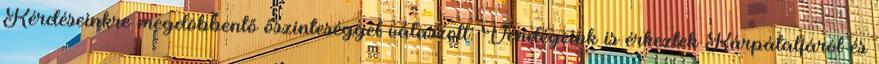
Kérdéseinkre megdöbbentő őszinteséggel válaszolt. Vendégeink is érkeztek Kárpátaljáról és